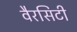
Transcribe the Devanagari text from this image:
वैरसिटी